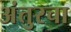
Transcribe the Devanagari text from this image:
अंतुरचा